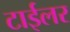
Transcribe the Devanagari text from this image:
टाईलर